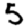
Digit: 5